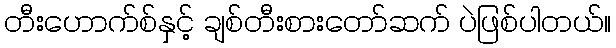
တီးဟောက်စ်နှင့် ချစ်တီးစားတော်ဆက် ပဲဖြစ်ပါတယ်။